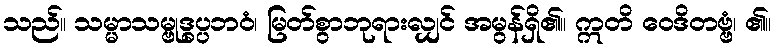
သည်။ သမ္မာသမ္ဗုဒ္ဓပ္ပဘဝံ၊ မြတ်စွာဘုရားလျှင် အမွန်ရှိ၏။ ဣတိ ဝေဒိတဗ္ဗံ၊ ၏။